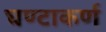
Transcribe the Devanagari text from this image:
घण्टाकर्ण